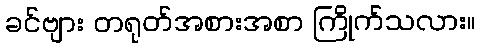
ခင်ဗျား တရုတ်အစားအစာ ကြိုက်သလား။